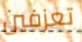
تعزفين